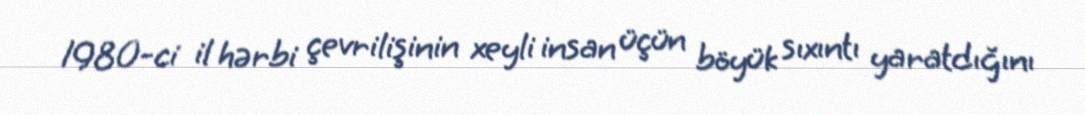
1980-ci il hərbi çevrilişinin xeyli insan üçün böyük sıxıntı yaratdığını